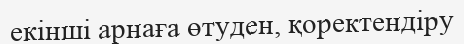
екінші арнаға өтуден, қоректендіру